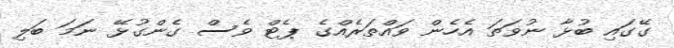
ގޭގައި ބުޅާ ނުވަތަ އެހެން ވައްތަރެއްގެ ޕެޓް ވެސް ގެންގުޅޭ ނަމަ ބަލި